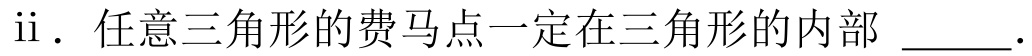
ii. 任意三角形的费马点一定在三角形的内部 \underline{\qquad}．